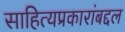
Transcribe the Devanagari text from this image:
साहित्यप्रकारांबद्दल